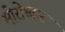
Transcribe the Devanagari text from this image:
मोरोध्‍वज